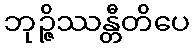
ဘုဉ္ဇိဿန္တီတိပေ